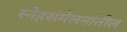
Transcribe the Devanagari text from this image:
स्नेहसंमेलनांतील